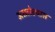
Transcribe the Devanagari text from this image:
असलेल्यास